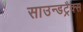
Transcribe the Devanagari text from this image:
साउन्डट्रैक्स